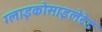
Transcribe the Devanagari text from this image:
ग्लाइकोसाइलेटेड